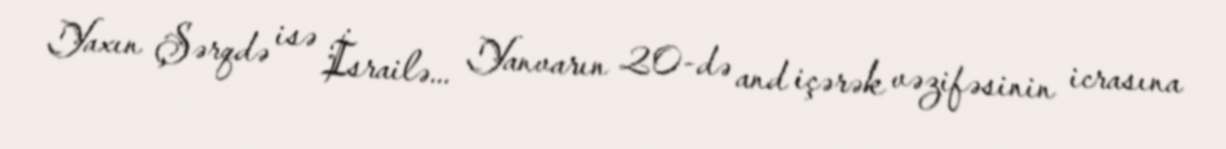
Yaxın Şərqdə isə İsrailə... Yanvarın 20-də and içərək vəzifəsinin icrasına